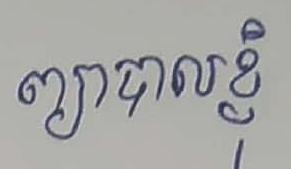
ព្យាបាលខ្ញុំ